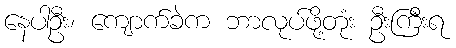
နေပါဦး၊ ကျောက်ခဲက ဘာလုပ်ဖို့တုံး ဦးကြီးရ